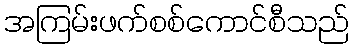
အကြမ်းဖက်စစ်ကောင်စီသည်